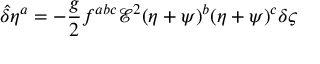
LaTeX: { \hat { \delta } } \eta ^ { a } = - \frac { g } { 2 } f ^ { a b c } { \mathcal { E } } ^ { 2 } ( \eta + \psi ) ^ { b } ( \eta + \psi ) ^ { c } \delta \varsigma